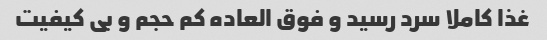
غذا کاملا سرد رسید و فوق العاده کم حجم و بی کیفیت